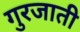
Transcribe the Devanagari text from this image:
गुरजाती